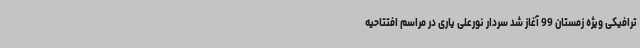
ترافیکی ویژه زمستان 99 آغاز شد سردار نورعلی یاری در مراسم افتتاحیه